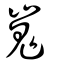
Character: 嵬